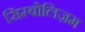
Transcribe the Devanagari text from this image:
सिम्बोलिज़म